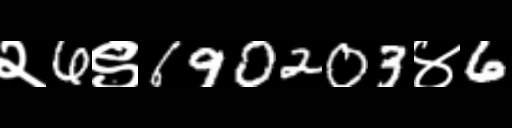
Text: २6९690203४6